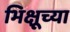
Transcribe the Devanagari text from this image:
भिक्षूच्या